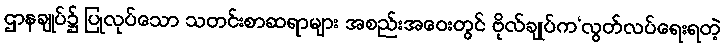
ဌာနချုပ်၌ ပြုလုပ်သော သတင်းစာဆရာများ အစည်းအဝေးတွင် ဗိုလ်ချုပ်က‘လွတ်လပ်ရေးရတဲ့